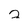
Character: 2